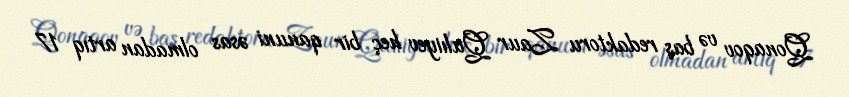
Qonaqov və baş redaktoru Zaur Qulıiyev heç bir qanuni əsas olmadan artıq 17